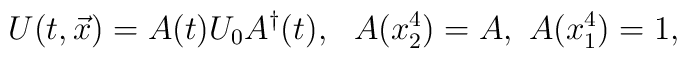
U(t,\vec{x}) = A(t) U_0 A^\dagger(t),\ \ A(x_2^4)=A,\ A(x_1^4)=1,